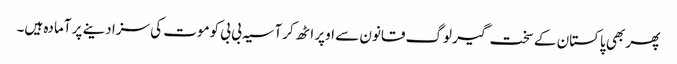
پھر بھی پاکستان کے سخت گیر لوگ قانون سے اوپر اٹھ کر آسیہ بی بی کوموت کی سزا دینے پر آمادہ ہیں۔